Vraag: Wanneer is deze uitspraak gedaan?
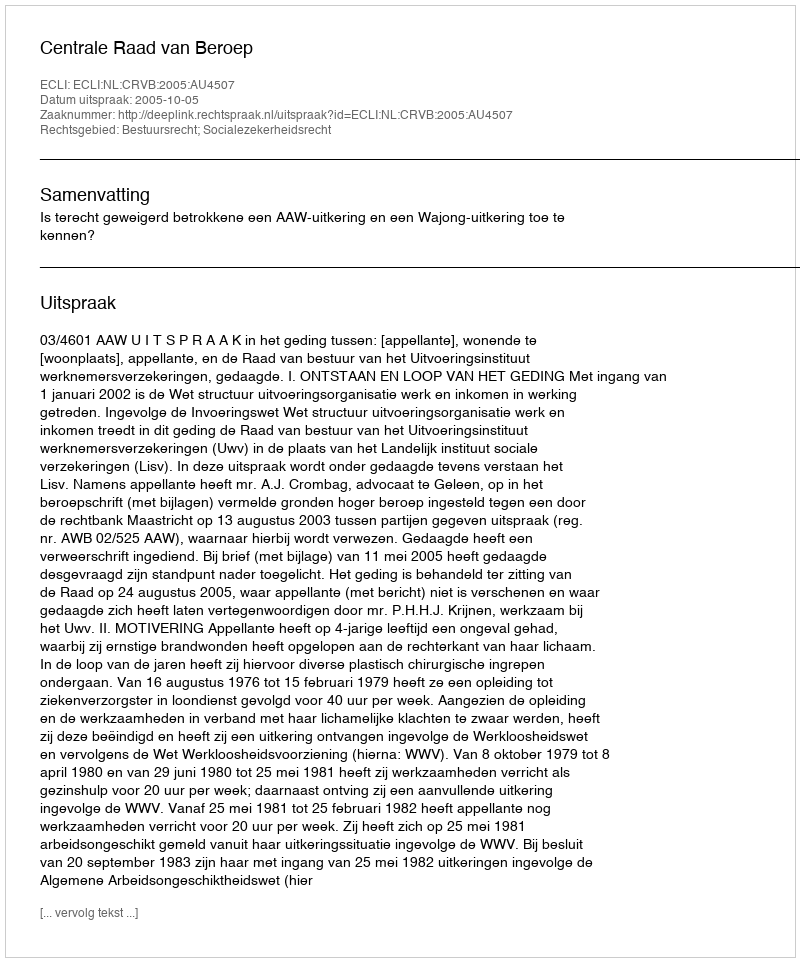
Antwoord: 2005-10-05